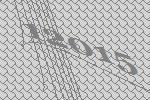
12015